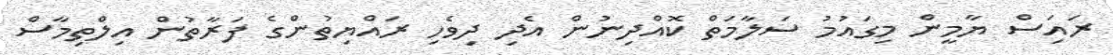
ރައަިސް ޔާމީން މިގައުމު ސަލާމަތް ކޮއްދިނުން އެދި ދިވެހި ރައްޔިތުންގެ ފަރާތުން އިލްތިމާސް